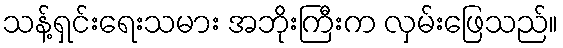
သန့်ရှင်းရေးသမား အဘိုးကြီးက လှမ်းဖြေသည်။